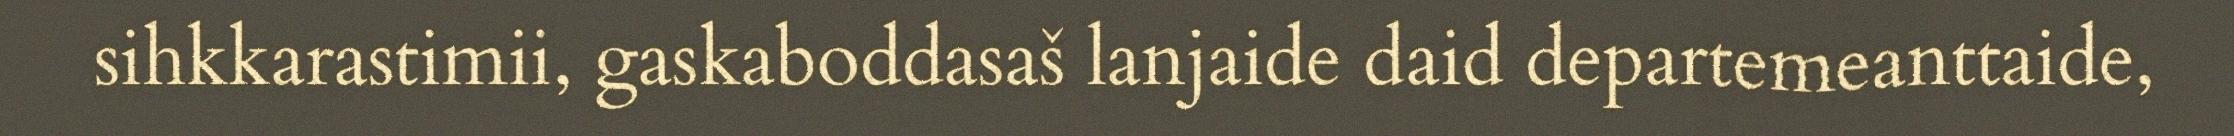
sihkkarastimii, gaskaboddasaš lanjaide daid departemeanttaide,